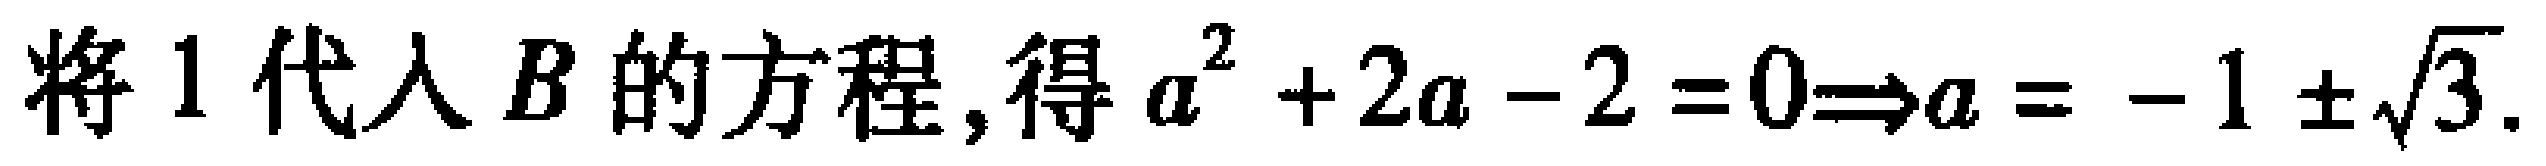
将 \(1\) 代入 \(B\) 的方程, 得 \(a^{2}+2a - 2 = 0\Rightarrow a = - 1\pm\sqrt{3}\).